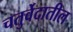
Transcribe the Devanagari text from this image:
चतुर्वेदातील